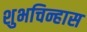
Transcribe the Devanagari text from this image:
शुभचिन्हास